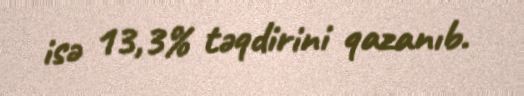
isə 13,3% təqdirini qazanıb.